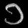
Digit: ၁